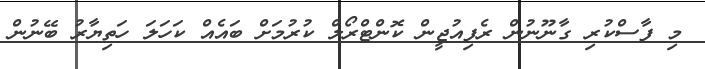
މި ފާސްކުރި ގާނޫނުން ރެފިއުޖީން ކޮންޓްރޯލް ކުރުމަށް ބައެއް ކަހަލަ ހަތިޔާރު ބޭނުން